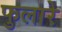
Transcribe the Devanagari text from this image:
फुलारे